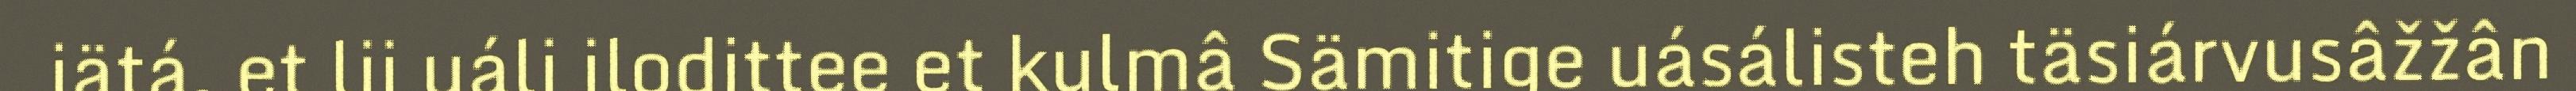
iätá, et lii uáli ilodittee et kulmâ Sämitige uásálisteh täsiárvusâžžân